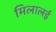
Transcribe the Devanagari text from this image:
मिलालई